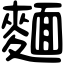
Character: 麵